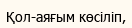
Қол-аяғым көсіліп,